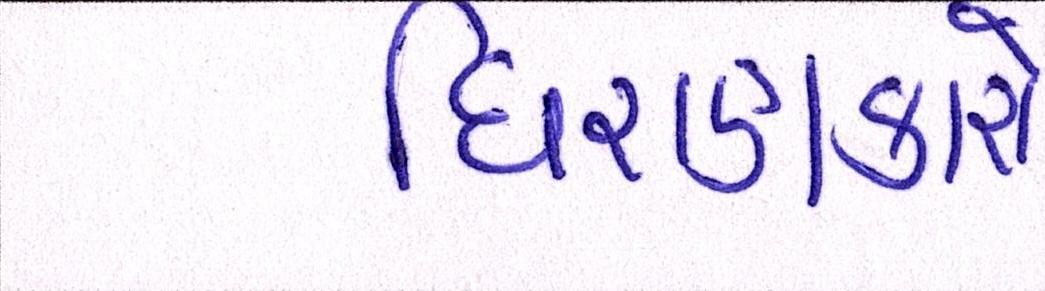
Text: ધિરાણકારો